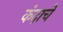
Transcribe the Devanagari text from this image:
कंदाचे